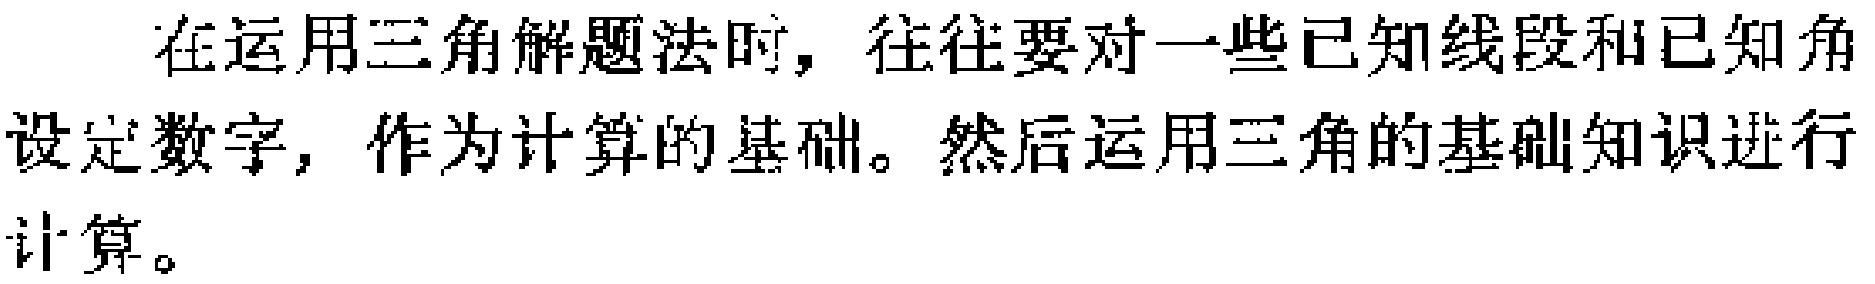
在运用三角解题法时，往往要对一些已知线段和已知角设定数字，作为计算的基础。然后运用三角的基础知识进行计算。